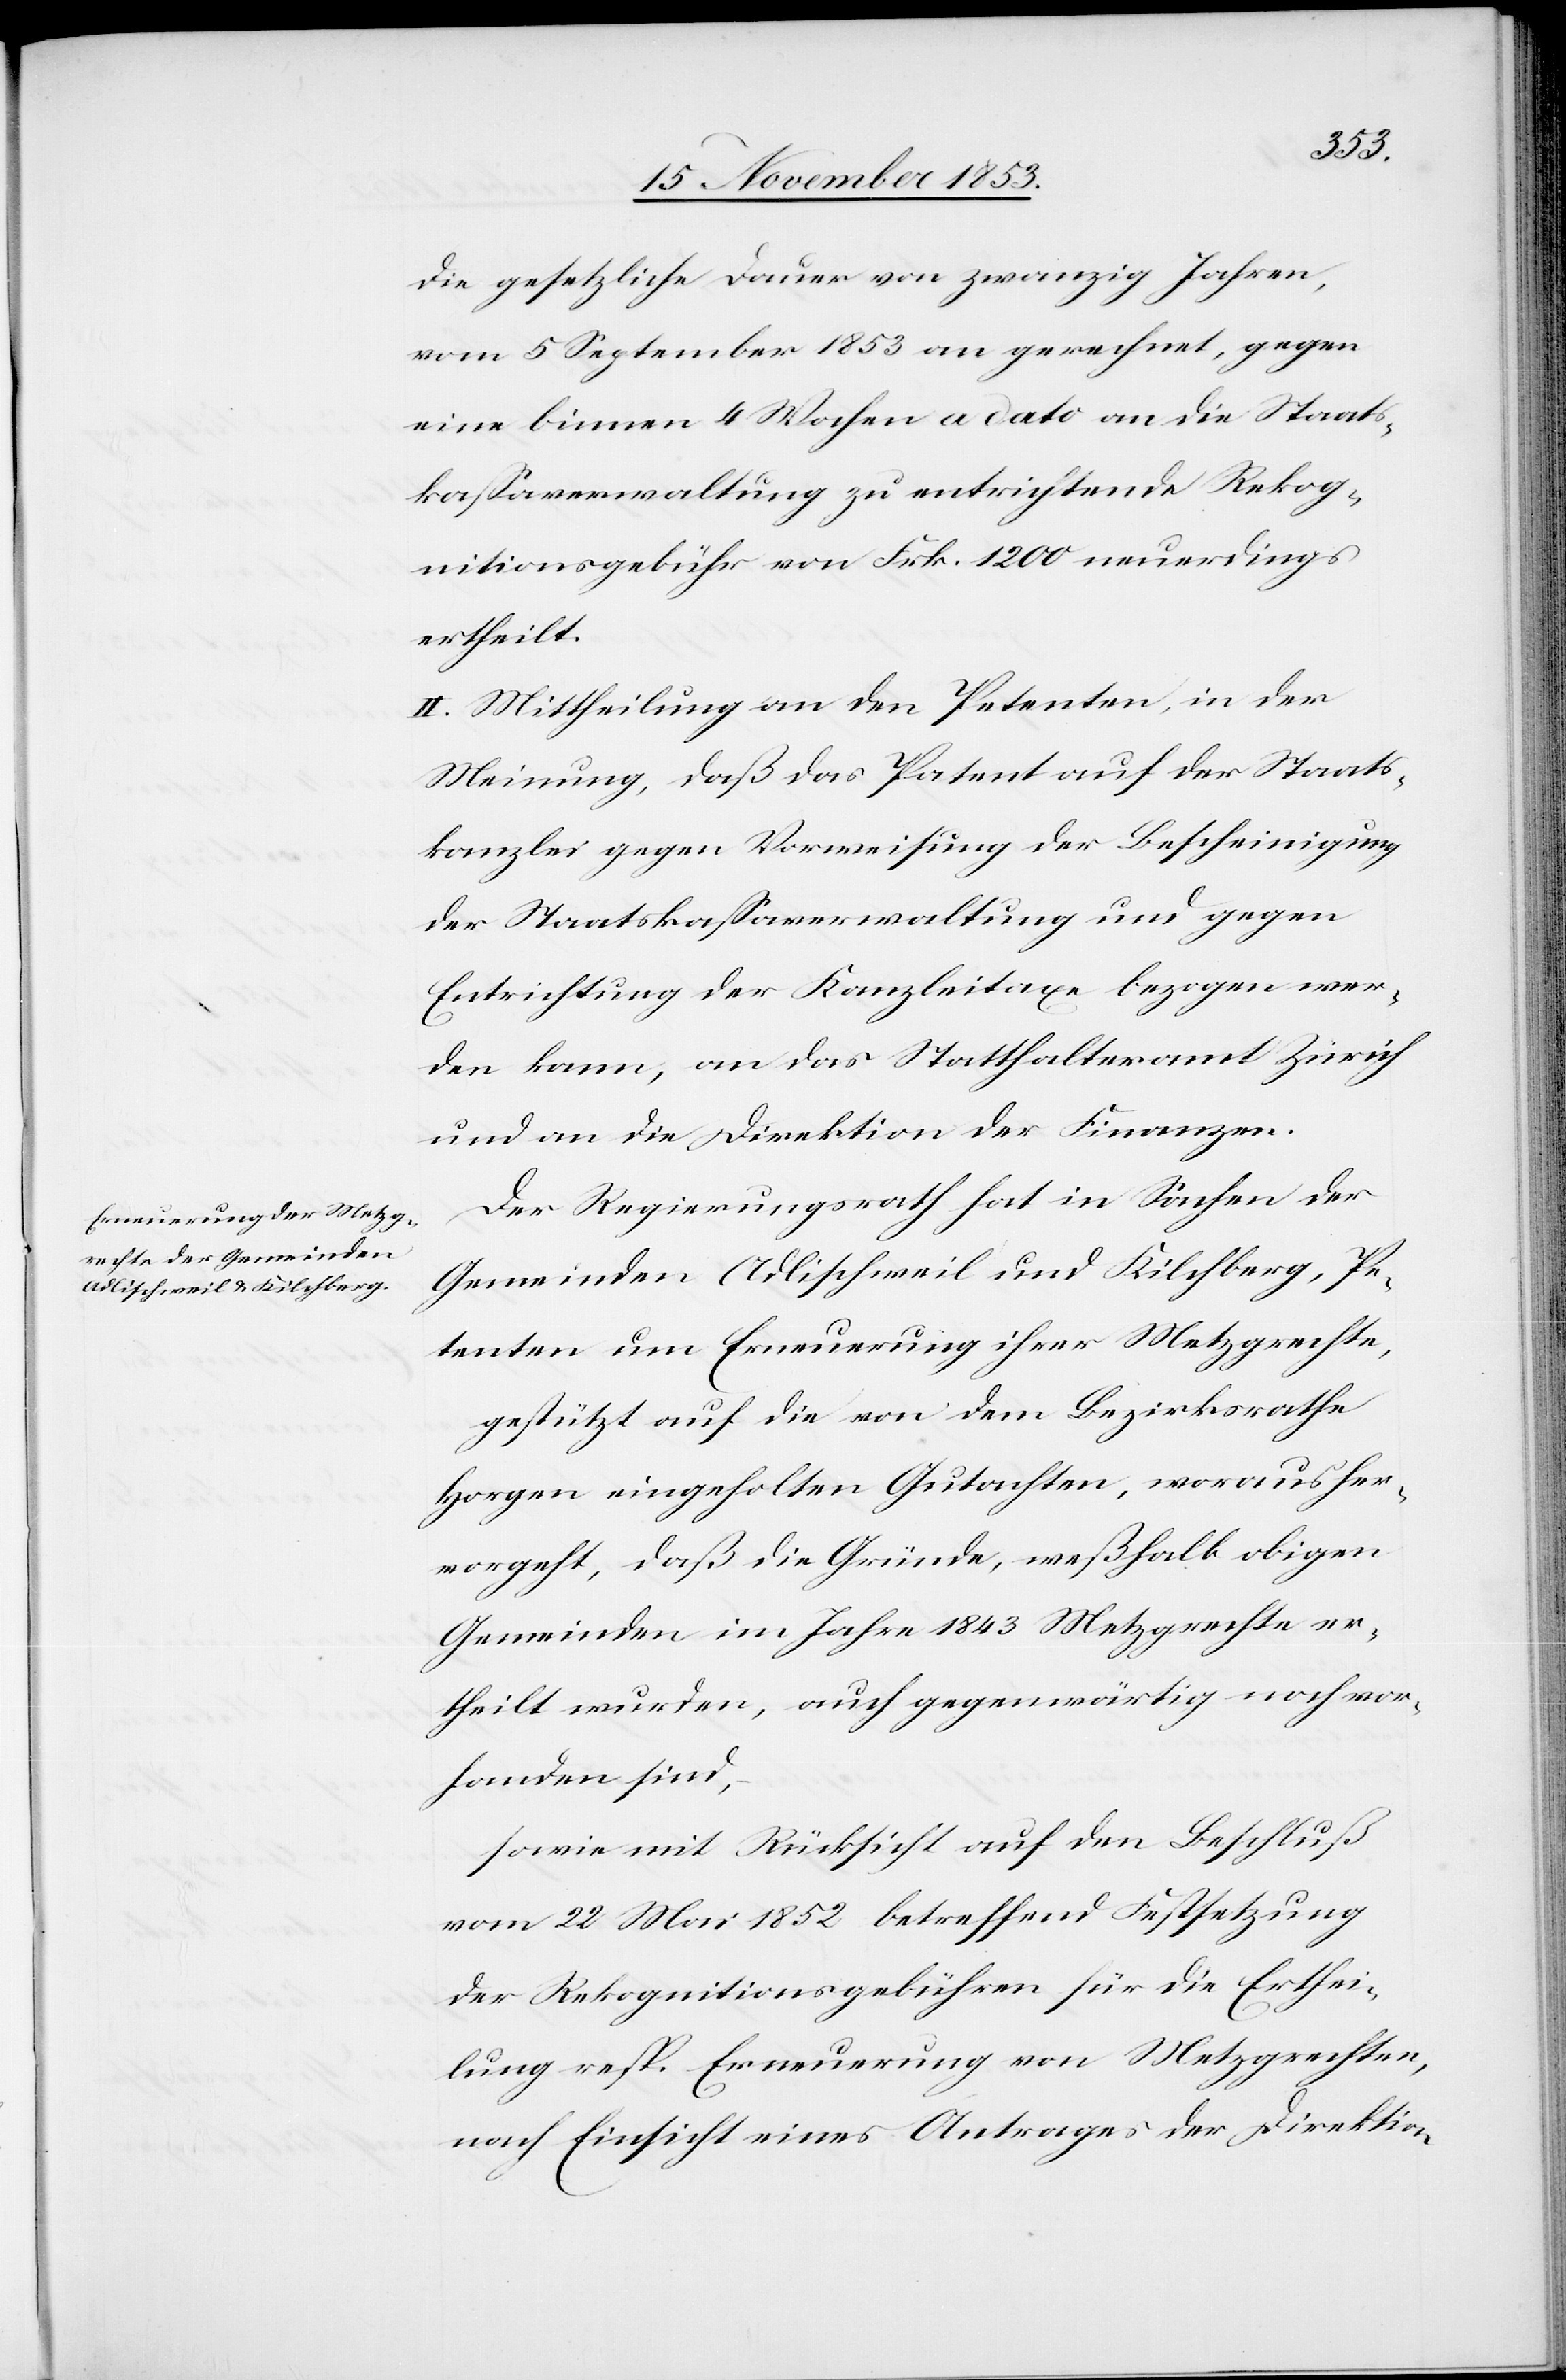
die gesetzliche Dauer von zwanzig Jahren,
vom 5 September 1853 an gerechnet, gegen
eine binnen 4 Wochen a dato an die Staats¬
kaßaverwaltung zu entrichtende Rekog¬
nitionsgebühr von Frk. 1200 neuerdings
ertheilt.
II. Mittheilung an den Petenten, in der
Meinung, daß das Patent auf der Staats¬
kanzlei gegen Verweisung der Bescheinigung
der Staatskaßaverwaltung und gegen
Entrichtung der Kanzleitaxe bezogen wer¬
den kann, an das Statthalteramt Zürich
und an die Direktion der Finanzen.
Der Regierungsrath hat in Sachen der
Gemeinden Adlischweil und Kilchberg, Pe¬
tenten um Erneuerung ihrer Metzgrechte,
gestützt auf die von dem Bezirksrathe
Horgen eingeholten Gutachten, woraus her¬
vorgeht, daß die Gründe, weßhalb obigen
Gemeinden im Jahre 1843 Metzgrechte er¬
theilt wurden, auf gegenwärtig noch vor¬
handen sind,
Sowie mit Rücksicht auf den Beschluß
vom 22 Mai 1852 betreffend Festsetzung
der Rekognitionsgebühren für die Erthei¬
lung resp. Erneuerung von Metzgrechten,
nach Einsicht eines Antrages der Direktion